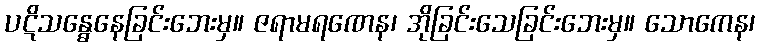
ပဋိသန္ဓေနေခြင်းဘေးမှ။ ဇရာမရဏေန၊ အိုခြင်းသေခြင်းဘေးမှ။ သောကေန၊